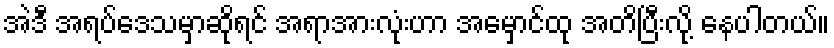
အဲဒီ အရပ်ဒေသမှာဆိုရင် အရာအားလုံးဟာ အမှောင်ထု အတိပြီးလို့ နေပါတယ်။